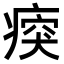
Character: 𤷿